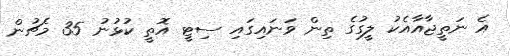
އެ ނަތީޖާއާއެކު ލީގުގެ ތިން ވަނައިގައި ސިޓީ އޮތީ ކުޅުނު 35 މެޗުން